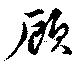
顧